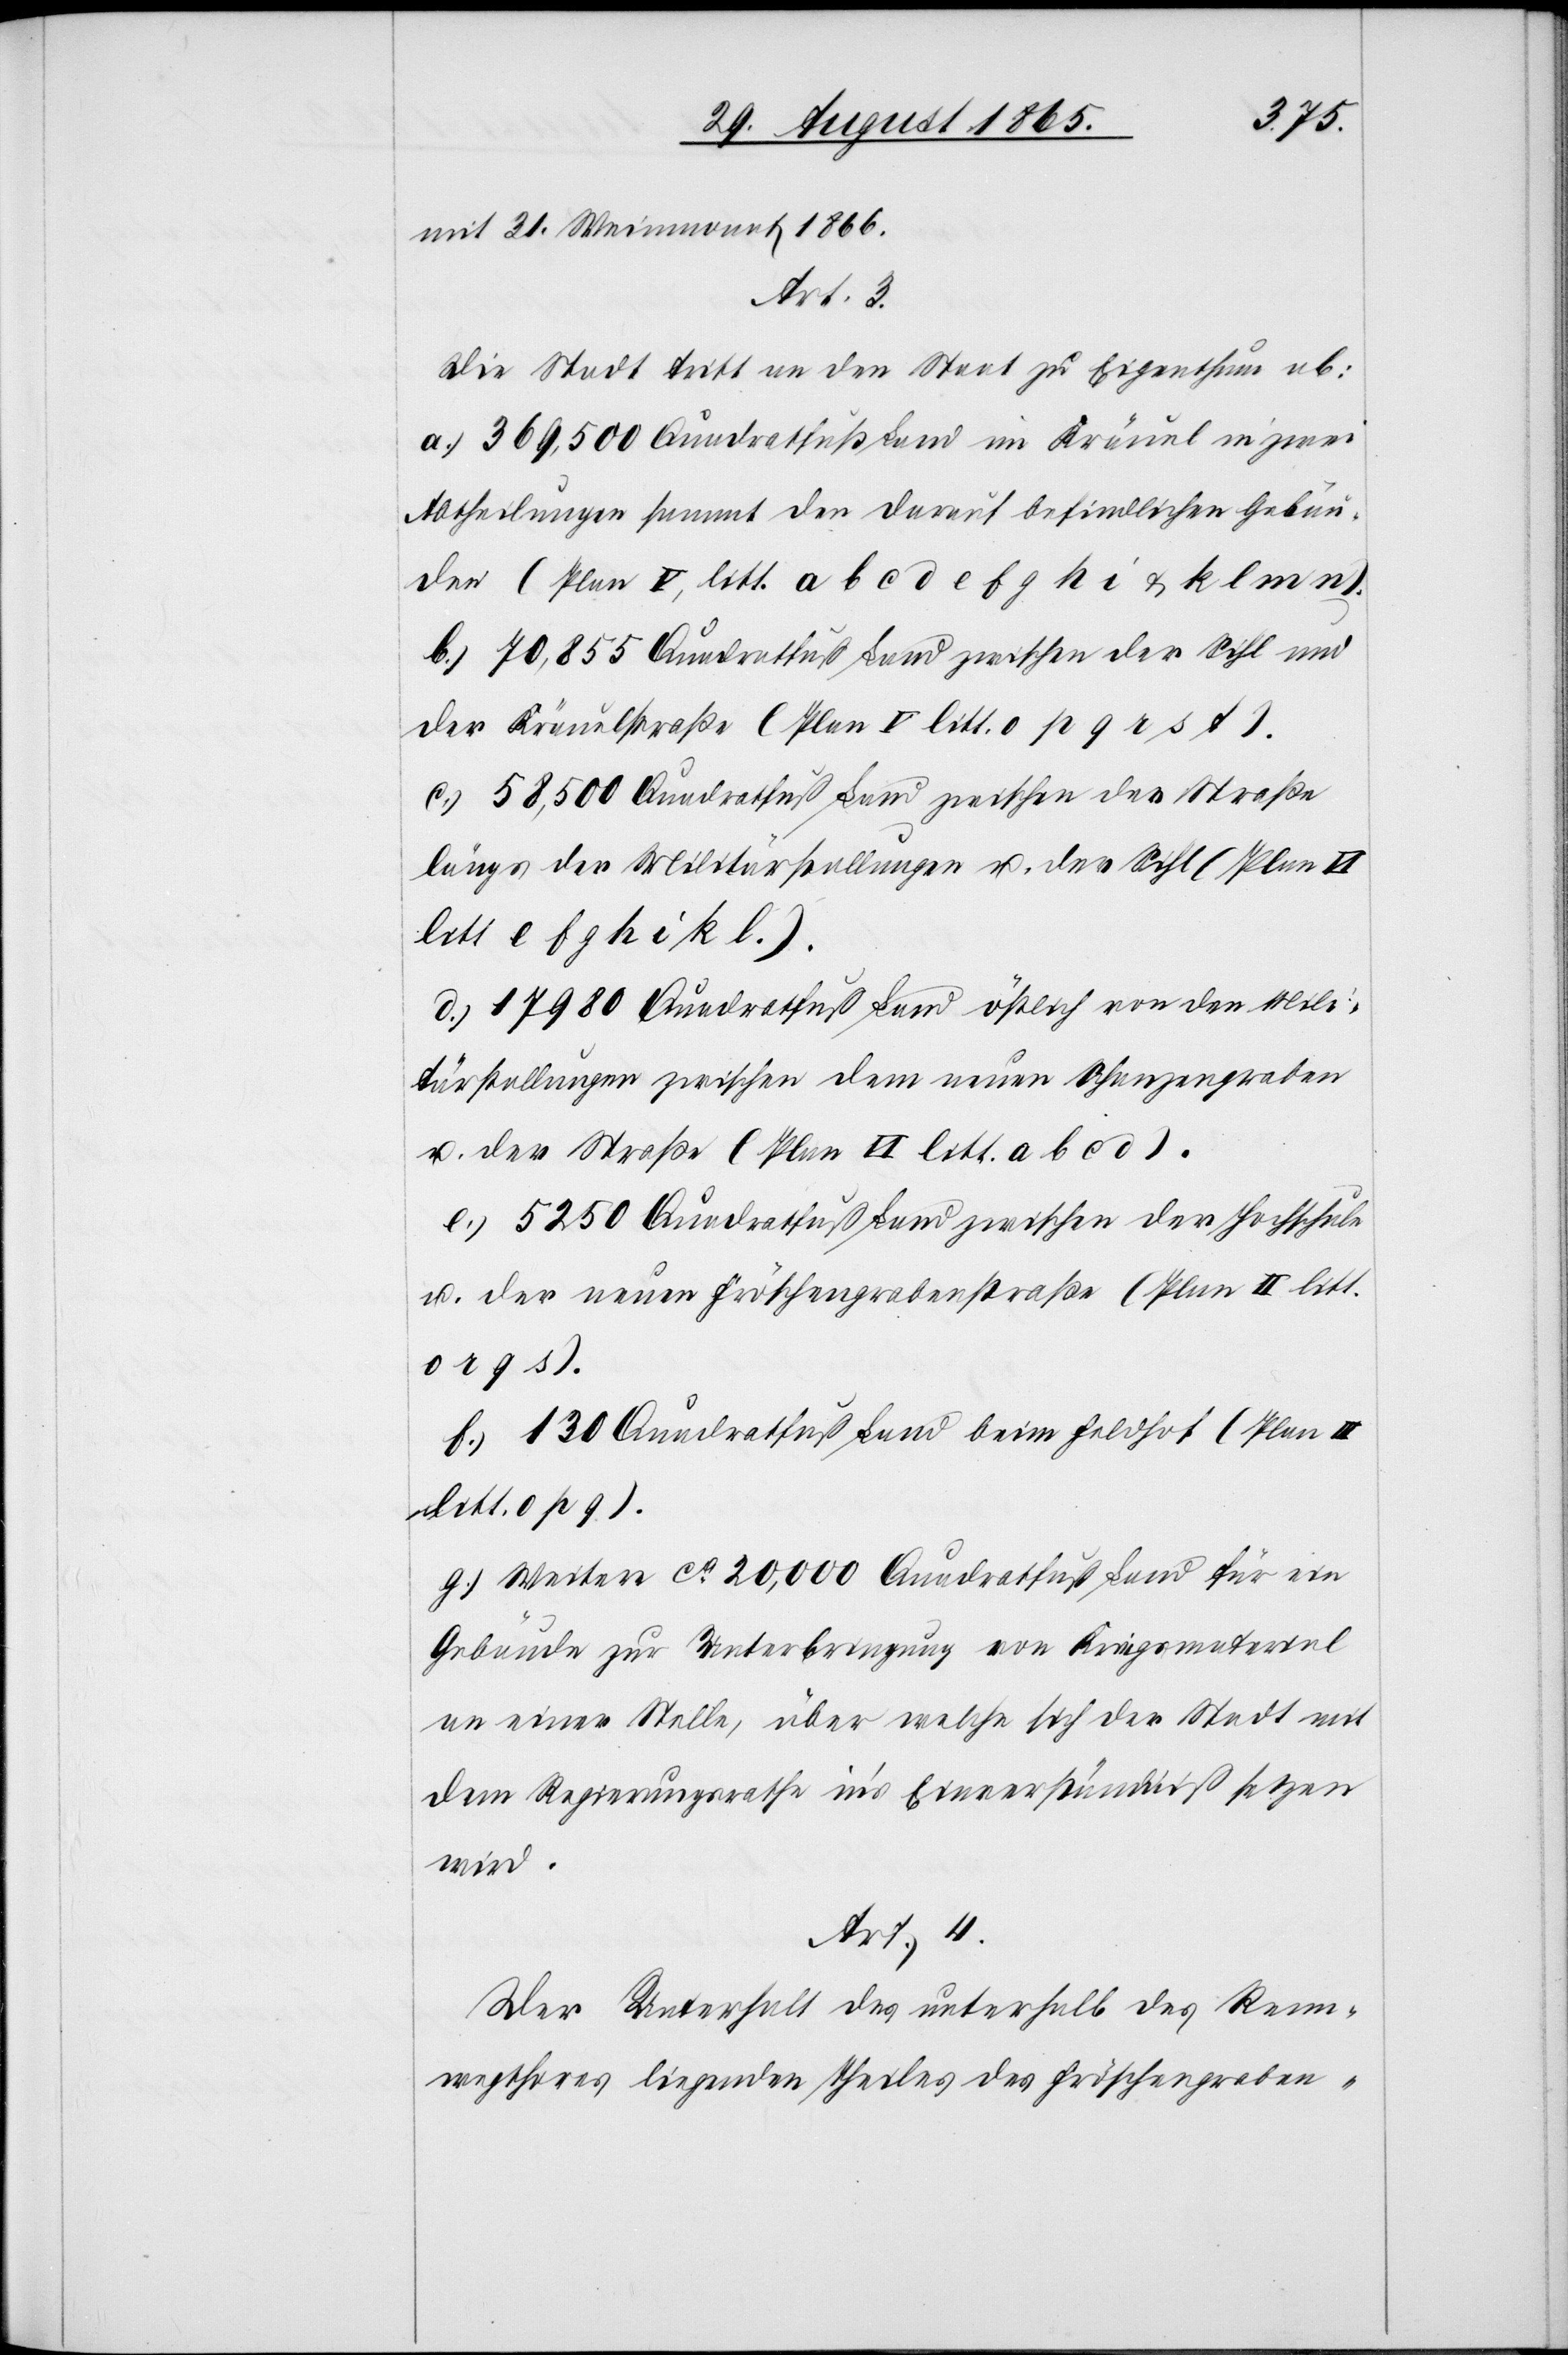
mit 31. Weinmonat 1866.
Art. 3.
Die Stadt tritt an den Staat zu Eigenthum ab:
a.) 369,500 Quadratfuß Land im Kräuel in zwei
Abtheilungen sammt den darauf befindlichen Gebäu¬
den (Plan V, litt. a b c d e f g h i & k l m n).
b.) 70,855 Quadratfuß Land zwischen der Sihl und
der Kräuelstraße (Plan V litt. o p q r s t).
c.) 58,500 Quadratfuß Land zwischen der Straße
längs der Militärstallungen u. der Sihl (Plan VI
litt e f g h i k l.).
d.) 17 980 Quadratfuß Land östlich von den Mili¬
tärstallungen zwischen dem neuen Schanzengraben
u. der Straße (Plan VI litt. a b c d).
e.) 5250 Quadratfuß Land zwischen der Hochschule
u. der neuen Fröschengrabenstraße (Plan II litt.
o r q s).
f.) 130 Quadratfuß Land beim Feldhof (Plan
litt. o p q).
g.) Weitere ca 20,000 Quadratfuß Land für ein
Gebäude zur Unterbringung von Kriegsmaterial
an einer Stelle, über welche sich der Stadt mit
dem Regierungsrathe in's Einverständniß setzen
wird.
Art. 4.
Der Unterhalt des unterhalb des Renn¬
wegthores liegenden Theiles des Fröschengraben-